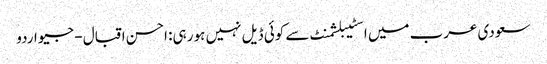
سعودی عرب میں اسٹیبلشمنٹ سے کوئی ڈیل نہیں ہو رہی: احسن اقبال - جیو اردو